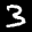
Label: 3